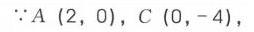
\(\because A\ (2,0)\)，\(C\ (0,-4)\)，